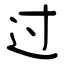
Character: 过